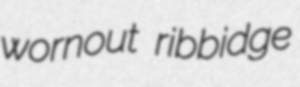
wornout ribbidge